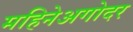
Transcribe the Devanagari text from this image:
महिनेअगोदर